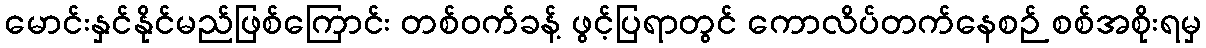
မောင်းနှင်နိုင်မည်ဖြစ်ကြောင်း တစ်ဝက်ခန့် ဖွင့်ပြရာတွင် ကောလိပ်တက်နေစဉ် စစ်အစိုးရမှ